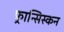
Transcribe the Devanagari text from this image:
फ़्रान्सिस्कन